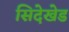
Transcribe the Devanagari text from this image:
सिदेखेड